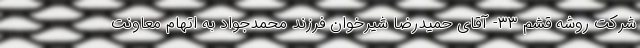
شرکت روشه قشم ۳۳- آقای حمیدرضا شیرخوان فرزند محمدجواد به اتهام معاونت